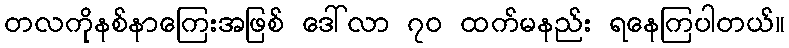
တလကိုနစ်နာကြေးအဖြစ် ဒေါ်လာ ၇၀ ထက်မနည်း ရနေကြပါတယ်။